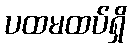
ပထမထပ်ရှိ